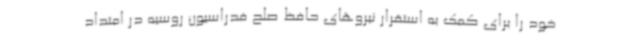
خود را برای کمک به استقرار نیروهای حافظ صلح فدراسیون روسیه در امتداد